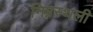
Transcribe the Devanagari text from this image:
निम्नस्थली